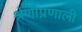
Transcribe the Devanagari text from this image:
श्रेणीप्रणाली